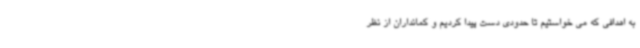
به اهدافی که می خواستیم تا حدودی دست پیدا کردیم و کمانداران از نظر